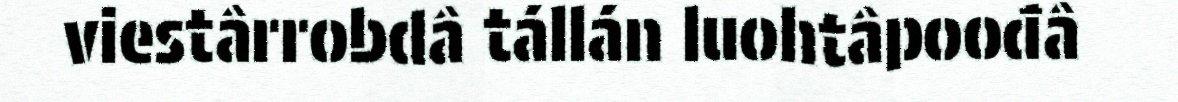
viestârrobdâ tállán luohtâpoođâ